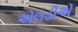
એલડીએ